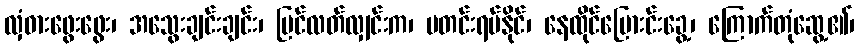
လှံဓားဖွေးဖွေး၊ အသွေးချင်းချင်း၊ မြင်လတ်လျှင်းက၊ မတင်းရပ်နိုင်၊ နေထိုင်ပြေားင်းခွေ့၊ ကြောက်တုံဆွေ့၏၊